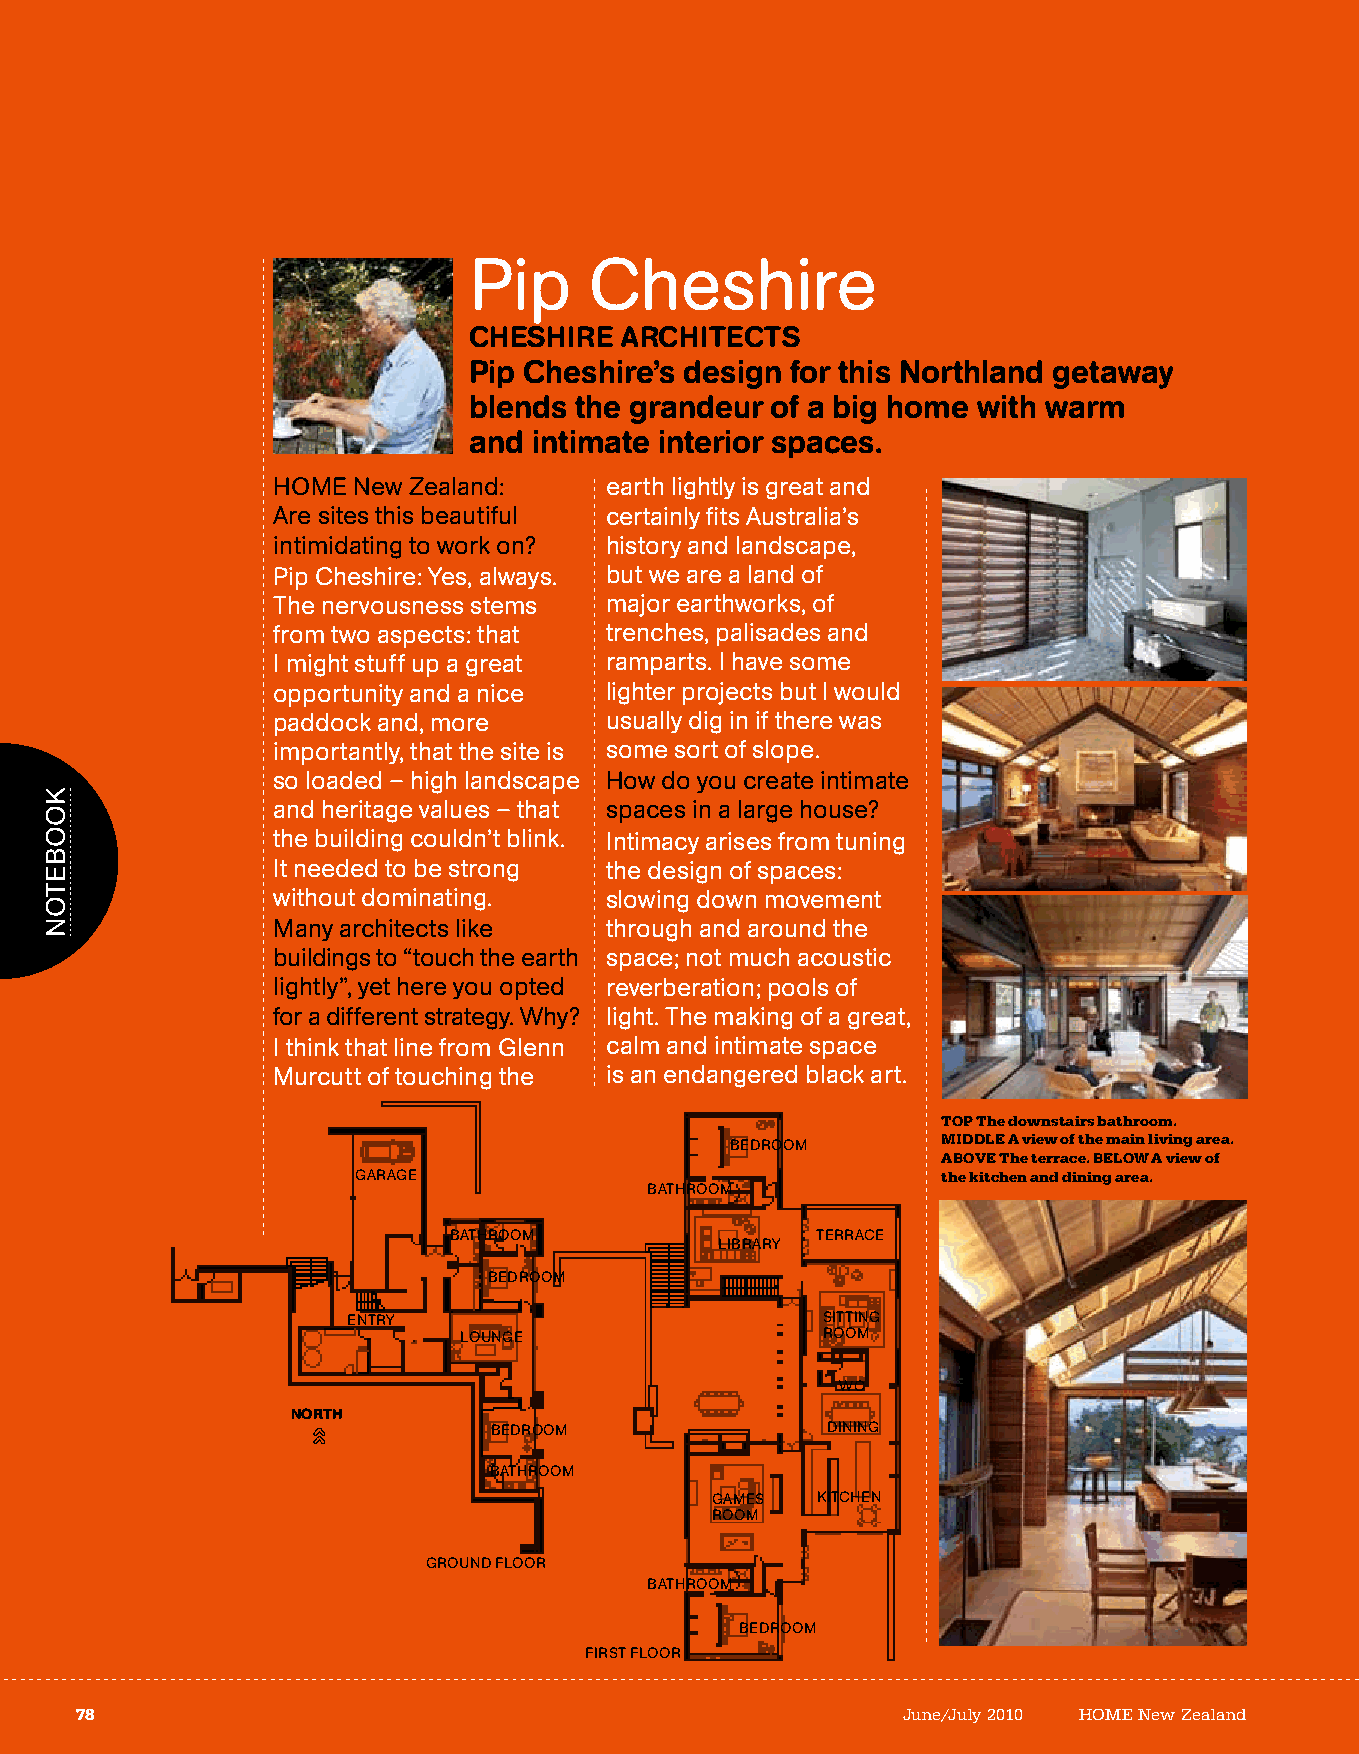
Pip     Cheshire
 CHESHIRE  ARCHItECtS
 Pip Cheshire’s design for this Northland getaway
 blends the grandeur of a big home with warm
 and intimate interior spaces.
 HOME New Zealand:     earth lightly is great and
 Are sites this beautiful certainly fits Australia’s
 intimidating to work on? history and landscape,
 Pip Cheshire: Yes, always. but we are a land of
 The nervousness stems major earthworks, of
 from two aspects: that trenches, palisades and
 I might stuff up a great ramparts. I have some
 opportunity and a nice lighter projects but I would
 paddock and, more     usually dig in if there was
 importantly, that the site is some sort of slope.
 so loaded – high landscape How do you create intimate
 and heritage values – that spaces in a large house?
 the building couldn’t blink. Intimacy arises from tuning
 It needed to be strong the design of spaces:
 without dominating.   slowing down movement
 Many architects like  through and around the
 buildings to “touch the earth space; not much acoustic
 lightly”, yet here you opted reverberation; pools of
 for a different strategy. Why? light. The making of a great,
 I think that line from Glenn calm and intimate space
 Murcutt of touching the is an endangered black art.
 TOP The downstairs bathroom.
 BEdrOOM       MIDDLe a view of the main living area.
 aBOve The terrace. BeLOW a view of
 GArAGE                                 the kitchen and dining area.
 BATHrOOM
 BATHrOOM                TErrACE
 lIBrArY
 BEdrOOM
 ENTrY                          sITTING
 lOuNGE                  rOOM
 WC
 NORTH
 BEdrOOM                dINING
 BATHrOOM
 GAMEs  KITCHEN
 rOOM
 GrOuNd flOOr
 BATHrOOM
 BEdrOOM
 fIrsT flOOr
 78                                                     June/July 2010 HOME New Zealand
 KOOBETON
 »